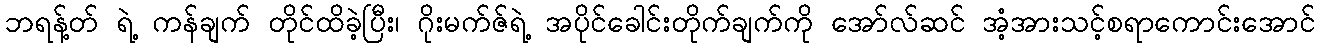
ဘရန့်တ် ရဲ့ ကန်ချက် တိုင်ထိခဲ့ပြီး၊ ဂိုးမက်ဇ်ရဲ့ အပိုင်ခေါင်းတိုက်ချက်ကို အော်လ်ဆင် အံ့အားသင့်စရာကောင်းအောင်